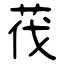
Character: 茷